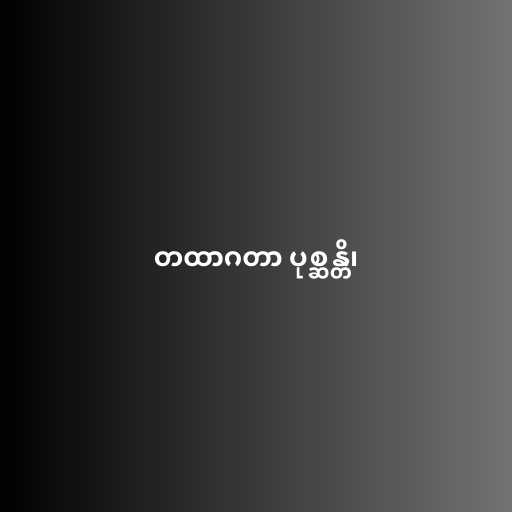
တထာဂတာ ပုစ္ဆန္တိ၊